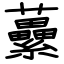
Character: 虆